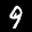
Label: 9